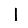
Digit: 1